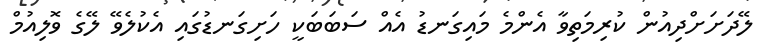
ލޭދަށަށްދިއުން ކުރިމަތިވާ އެންމެ މައިގަނޑު އެއް ސަބަަބަކީ ހަށިގަނޑުގައި އެކުލެވޭ ލޭގެ ވޮލިއުމް